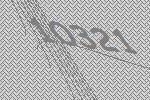
10321